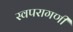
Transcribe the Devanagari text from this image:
स्वपरागणी